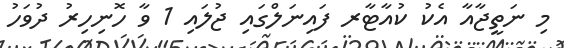
މި ނަތީޖާއާ އެކު ކުއާޓާރ ފައިނަލްގައި ޖުލައި 1 ވާ ހޮނިހިރު ދުވަހު